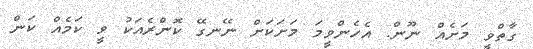
ގާތްވީ މަށެއް ނޫން. އެހެންވީމަ މަށަކަށް ނޭނގޭ ކޮންރެއަކު ވީ ކަމެއް ކަން